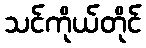
သင်ကိုယ်တိုင်